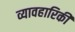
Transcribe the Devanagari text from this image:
व्यावहारिकी